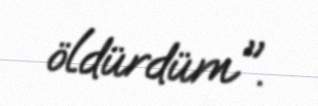
öldürdüm".